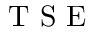
\mathrm { ~ T ~ S ~ E ~ }